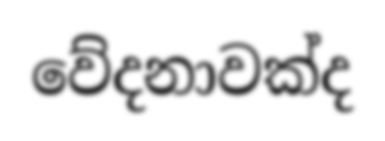
වේදනාවක්ද